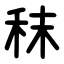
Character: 秣